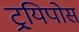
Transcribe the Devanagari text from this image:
ट्र्यिपोस